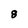
Character: 8